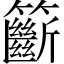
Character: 籪